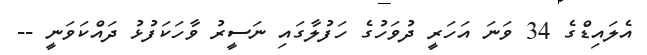
އެލައިޑްގެ 34 ވަނަ އަހަރީ ދުވަހުގެ ހަފުލާގައި ނަސީރު ވާހަކަފުޅު ދައްކަވަނީ --